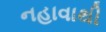
નહાવાથી